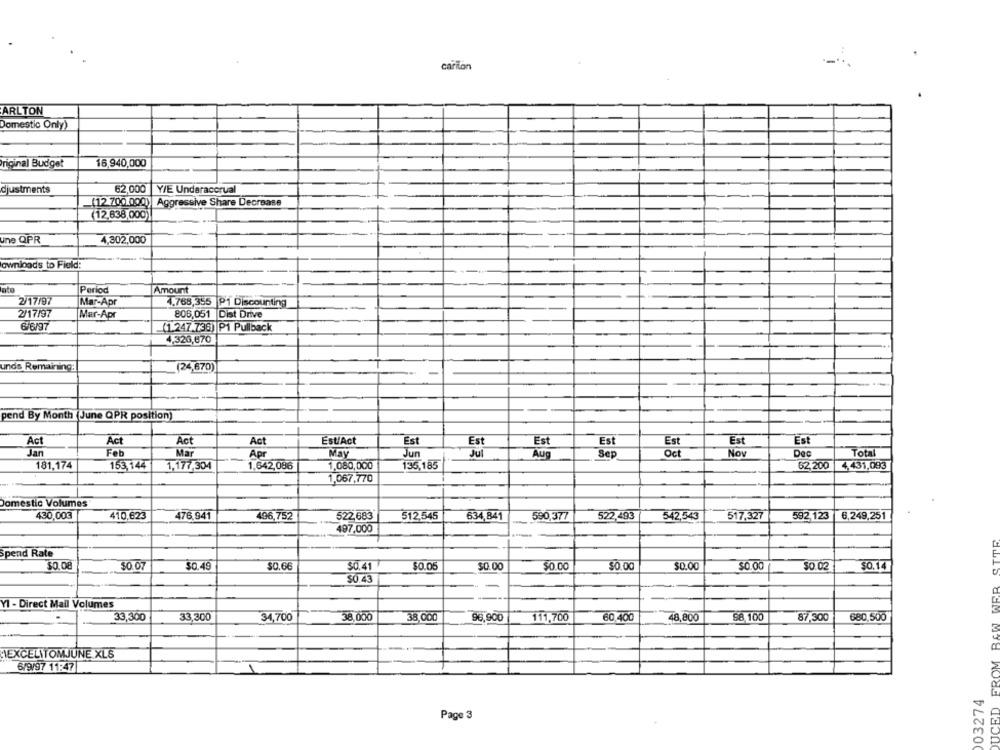
carion
ARLTON
Domestic Only)
original Budget
16,940,000
djustments
62,000 Y/E Underaccrual
(12 700.000) Aggressive Share Decrease
(12,638,000)
une QPR
4,302,000
ownloads to Field:
Period
Amount
2/17/97
Mar-Apr
4.768,355 P1 Discounting
2/17/97
Mar-Apr
806,051 Dist Drive
6/6/97
.(1.247.736) P1 Pullback
320,670
unds Remaining:
(24,670)
pend By Month (June QPR position)
Act
Act
Act
Act
Est/Act
Est
Est
Est
Est
Est
Est
Est
Jan
Feb
Mar
Apr
May
Jun
Jul
Aug
Sep
Oct
Nov
Dec
Total
181,174
153,144
1,177,304
1.642,086
1,080,000
135,185
62,200 4,431,093
1,067,770
Domestic Volumes
430,003
410,623
476,941
496,752
522683
512,545
634,841
590,377
522,493
542,543
517.327
592 123
6,249,251
497,000
Spend Rate
$0.07
$0.49
$0.66
$0.41
$0.0
$0.00
50.00
$0.00
$0.00
$0.00
$0.02
$0.14
$0.43
YI - Direct Mail Volumes
680,500
33,300
33,300
34,700
38,000
38,000
96,900
111,700
60,400
48,800
98,100
87,300
HIEXCELITOMJUNE XLS
6/9/97 11:47
03274
Page 3